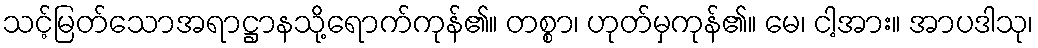
သင့်မြတ်သောအရာဋ္ဌာနသို့ရောက်ကုန်၏။ တစ္စာ၊ ဟုတ်မှကုန်၏။ မေ၊ ငါ့အား။ အာပဒါသု၊